Annual report of the Punjab Veterinary College and of the Civil Veterinary Department, Punjab - 1894-1908
Year: 1894
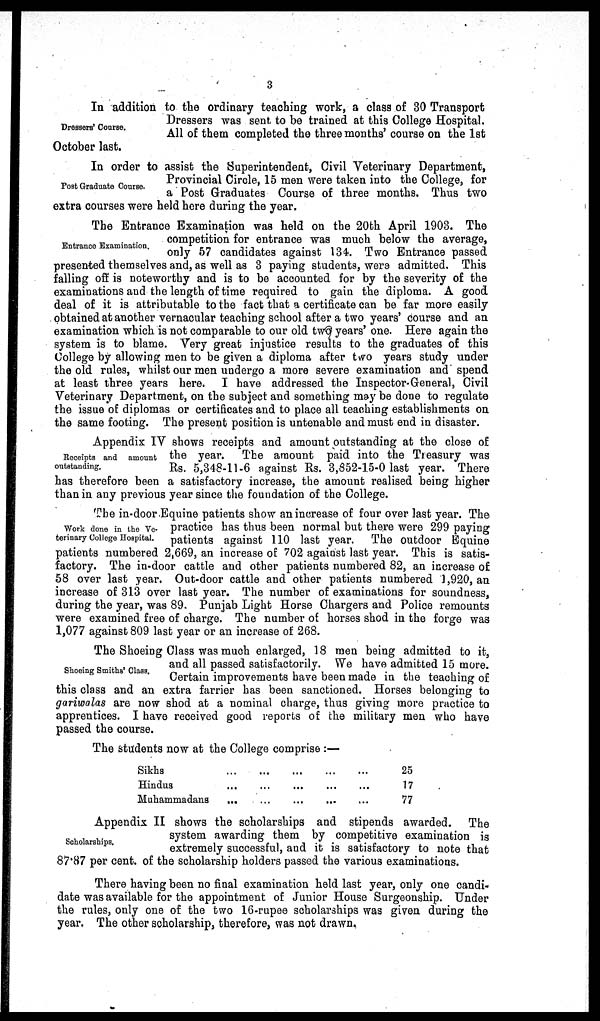
3
Dressers' Course.
In addition to the ordinary teaching work, a class of 30 Transport
Dressers was sent to be trained at this College Hospital.
All of them completed the three months' course on the 1st
October last.
Post Graduate Course.
In order to assist the Superintendent, Civil Veterinary Department,
Provincial Circle, 15 men were taken into the College, for
a Post Graduates Course of three months. Thus two
extra courses were held here during the year.
Entrance Examination.
The Entrance Examination was held on the 20th April 1903. The
competition for entrance was much below the average,
only 57 candidates against 134. Two Entrance passed
presented themselves and, as well as 3 paying students, were admitted. This
failing off is noteworthy and is to be accounted for by the severity of the
examinations and the length of time required to gain the diploma. A good
deal of it is attributable to the fact that a certificate can be far more easily
obtained at another vernacular teaching school after a two years' course and an
examination which is not comparable to our old two years' one. Here again the
system is to blame. Very great injustice results to the graduates of this
College by allowing men to be given a diploma after two years study under
the old rules, whilst our men undergo a more severe examination and spend
at least three years here. I have addressed the Inspector-General, Civil
Veterinary Department, on the subject and something may be done to regulate
the issue of diplomas or certificates and to place all teaching establishments on
the same footing. The present position is untenable and must end in disaster.
Receipts and
amount
outstanding.
Appendix IV shows receipts and amount outstanding at the close of
the year. The amount paid into the Treasury was
Rs. 5,348-11-6 against Rs. 3,852-15-0 last year. There
has therefore been a satisfactory increase, the amount realised being higher
than in any previous year since the foundation of the College.
Work done in the Ve-
terinary College Hospital.
The in-door Equine patients show an increase of four over last year. The
practice has thus been normal but there were 299 paying
patients against 110 last year. The outdoor Equine
patients numbered 2,669, an increase of 702 against last year. This is satis-
factory. The in-door cattle and other patients numbered 82, an increase of
58 over last year. Out-door cattle and other patients numbered 1,920, an
increase of 313 over last year. The number of examinations for soundness,
during the year, was 89. Punjab Light Horse Chargers and Police remounts
were examined free of charge. The number of horses shod in the forge was
1,077 against 809 last year or an increase of 268.
Shoeing Smiths' Class.
The Shoeing Class was much enlarged, 18 men being admitted to it,
and all passed satisfactorily. We have admitted 15 more.
Certain improvements have been made in the teaching of
this class and an extra farrier has been sanctioned. Horses belonging to
gariwalas are now shod at a nominal charge, thus giving more practice to
apprentices. I have received good reports of the military men who have
passed the course.
The students now at the College comprise:—
Sikhs ... ... ... ... ...
Hindus ... ... ... ... ...
Muhammadans ... ... ... ... ...
25
17
77
Scholarships.
Appendix II shows the scholarships and stipends awarded. The
system awarding them by competitive examination is
extremely successful, and it is satisfactory to note that
87.87 per cent. of the scholarship holders passed the various examinations.
There having been no final examination held last year, only one candi-
date was available for the appointment of Junior House Surgeonship. Under
the rules, only one of the two 16-rupee scholarships was given during the
year. The other scholarship, therefore, was not drawn,